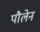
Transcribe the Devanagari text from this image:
पौलेन